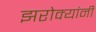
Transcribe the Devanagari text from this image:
झरोक्यांनी